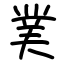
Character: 菐